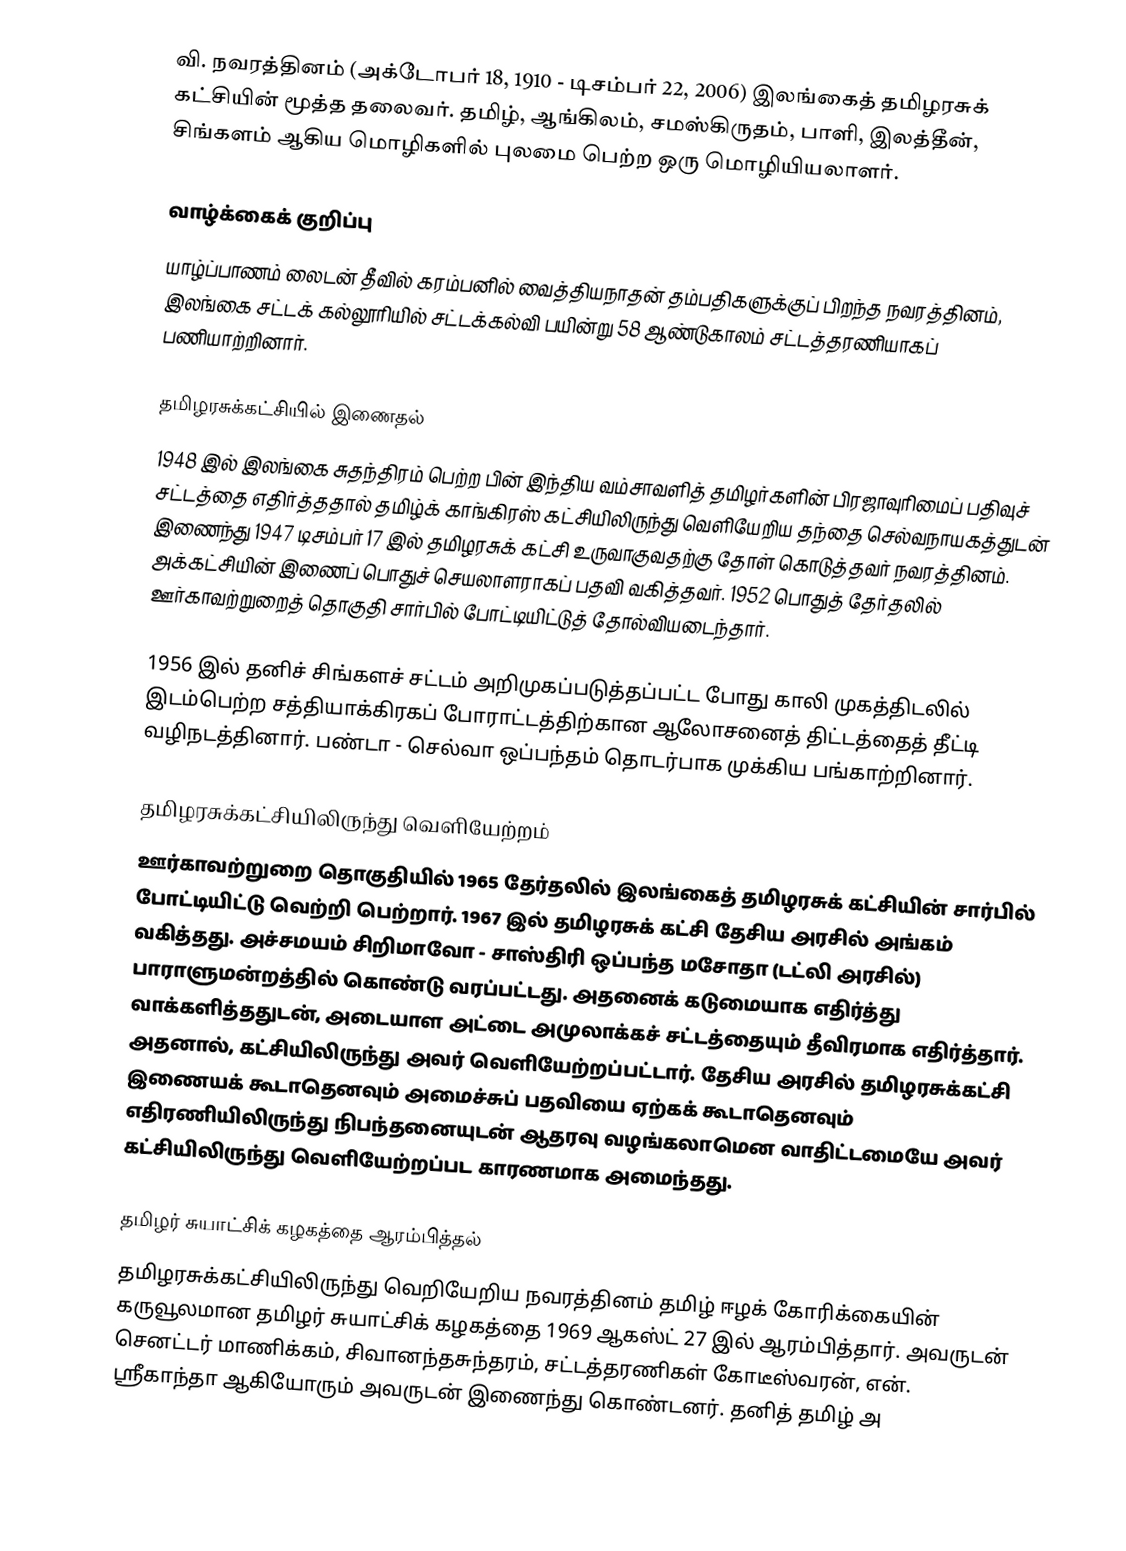
வி. நவரத்தினம் (அக்டோபர் 18, 1910 - டிசம்பர் 22, 2006) இலங்கைத் தமிழரசுக் கட்சியின் மூத்த தலைவர். தமிழ், ஆங்கிலம், சமஸ்கிருதம், பாளி, இலத்தீன், சிங்களம் ஆகிய மொழிகளில் புலமை பெற்ற ஒரு மொழியியலாளர்.

வாழ்க்கைக் குறிப்பு
யாழ்ப்பாணம் லைடன் தீவில் கரம்பனில் வைத்தியநாதன் தம்பதிகளுக்குப் பிறந்த நவரத்தினம், இலங்கை சட்டக் கல்லூரியில் சட்டக்கல்வி பயின்று 58 ஆண்டுகாலம் சட்டத்தரணியாகப் பணியாற்றினார்.

தமிழரசுக்கட்சியில் இணைதல்
1948 இல் இலங்கை சுதந்திரம் பெற்ற பின் இந்திய வம்சாவளித் தமிழர்களின் பிரஜாவுரிமைப் பதிவுச் சட்டத்தை எதிர்த்ததால் தமிழ்க் காங்கிரஸ் கட்சியிலிருந்து வெளியேறிய தந்தை செல்வநாயகத்துடன் இணைந்து 1947 டிசம்பர் 17 இல் தமிழரசுக் கட்சி உருவாகுவதற்கு தோள் கொடுத்தவர் நவரத்தினம். அக்கட்சியின் இணைப் பொதுச் செயலாளராகப் பதவி வகித்தவர். 1952 பொதுத் தேர்தலில் ஊர்காவற்றுறைத் தொகுதி சார்பில் போட்டியிட்டுத் தோல்வியடைந்தார்.

1956 இல் தனிச் சிங்களச் சட்டம் அறிமுகப்படுத்தப்பட்ட போது காலி முகத்திடலில் இடம்பெற்ற சத்தியாக்கிரகப் போராட்டத்திற்கான ஆலோசனைத் திட்டத்தைத் தீட்டி வழிநடத்தினார். பண்டா - செல்வா ஒப்பந்தம் தொடர்பாக முக்கிய பங்காற்றினார்.

தமிழரசுக்கட்சியிலிருந்து வெளியேற்றம்
ஊர்காவற்றுறை தொகுதியில் 1965 தேர்தலில் இலங்கைத் தமிழரசுக் கட்சியின் சார்பில் போட்டியிட்டு வெற்றி பெற்றார். 1967 இல் தமிழரசுக் கட்சி தேசிய அரசில் அங்கம் வகித்தது. அச்சமயம் சிறிமாவோ - சாஸ்திரி ஒப்பந்த மசோதா (டட்லி அரசில்) பாராளுமன்றத்தில் கொண்டு வரப்பட்டது. அதனைக் கடுமையாக எதிர்த்து வாக்களித்ததுடன், அடையாள அட்டை அமுலாக்கச் சட்டத்தையும் தீவிரமாக எதிர்த்தார். அதனால், கட்சியிலிருந்து அவர் வெளியேற்றப்பட்டார். தேசிய அரசில் தமிழரசுக்கட்சி இணையக் கூடாதெனவும் அமைச்சுப் பதவியை ஏற்கக் கூடாதெனவும் எதிரணியிலிருந்து நிபந்தனையுடன் ஆதரவு வழங்கலாமென வாதிட்டமையே அவர் கட்சியிலிருந்து வெளியேற்றப்பட காரணமாக அமைந்தது.

தமிழர் சுயாட்சிக் கழகத்தை ஆரம்பித்தல்
தமிழரசுக்கட்சியிலிருந்து வெறியேறிய நவரத்தினம் தமிழ் ஈழக் கோரிக்கையின் கருவூலமான தமிழர் சுயாட்சிக் கழகத்தை 1969 ஆகஸ்ட் 27 இல் ஆரம்பித்தார். அவருடன் செனட்டர் மாணிக்கம், சிவானந்தசுந்தரம், சட்டத்தரணிகள் கோடீஸ்வரன், என். ஸ்ரீகாந்தா ஆகியோரும் அவருடன் இணைந்து கொண்டனர். தனித் தமிழ் அ